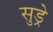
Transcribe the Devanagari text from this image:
सुड्रे